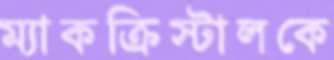
ম্যাকক্রিস্টালকে